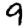
Digit: 9